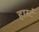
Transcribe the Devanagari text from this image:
हार्स्ट